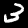
Digit: 3